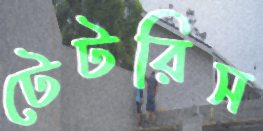
টেটরিস